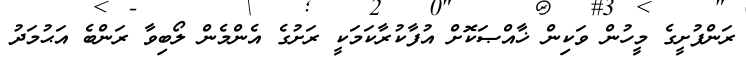
ރަންފުށީގެ މީހުން ވަކިން ޚާއްޞަކޮށް އުފާކުރާކަމަކީ ރަށުގެ އެންމެން ލޯބިވާ ރަންބެ އަޙުމަދު